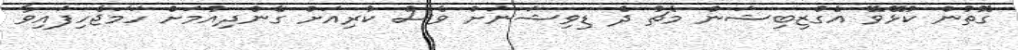
ގޮތުން ކުޅޭވޭ އެގްޒިބިޝަން މެޗު ދެ ޑިވިޝަނަށް ވެސް ކުރިއަށް ގެންދިއުމަށް ހަމަޖެހިފައިވާ